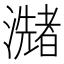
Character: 𤂩